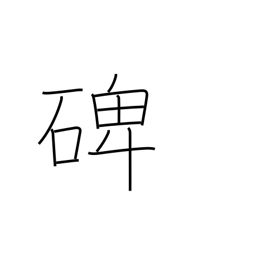
Meaning: tombstone